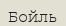
Бойль